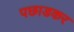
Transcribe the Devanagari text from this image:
पछाडकर